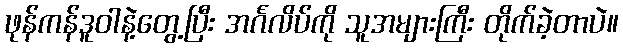
ဖုန်ကန်ဒူဝါနဲ့တွေ့ပြီး အင်္ဂလိပ်ကို သူအများကြီး တိုက်ခဲ့တာပဲ။